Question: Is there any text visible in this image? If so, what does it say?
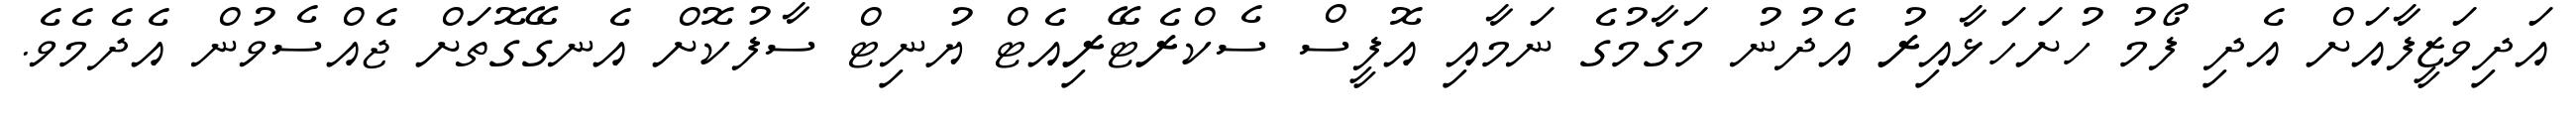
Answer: އަދިވަޒީފާއަށް އެދި ފޯމު ހުށަހަޅާއިރު އެދުނު މަގާމުގެ ނަމާއި އޮފީސް ސެކްރެޓޭރިއެޓް ޔުނިޓް ސާފުކޮށް އެނގޭގޮތަށް ޖެއްސެވުން އެދެމެވެ.